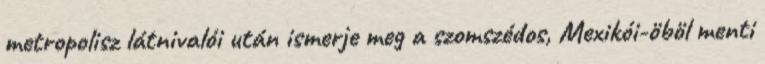
metropolisz látnivalói után ismerje meg a szomszédos, Mexikói-öböl menti